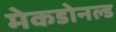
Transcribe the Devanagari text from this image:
मेकडोनल्ड